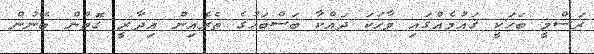
ރަސްމީ ބަހަކީ ޤައުމެއްގައި ވާހަކަ ދައްކާ ބަސްބަހުގެ ތެރެއިން އިދާރީ ގޮތުން ބޭނުން